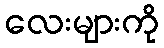
လေးများကို